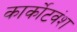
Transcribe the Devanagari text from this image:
कार्कोटवंश